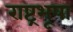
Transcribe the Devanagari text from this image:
राष्ट्रभूषा